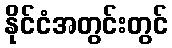
နိုင်ငံအတွင်းတွင်